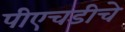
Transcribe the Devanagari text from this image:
पीएचडीचे